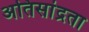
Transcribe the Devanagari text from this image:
अतिसांद्रता